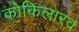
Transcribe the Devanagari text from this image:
कोकिलारव